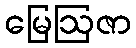
မြေဩဇာ